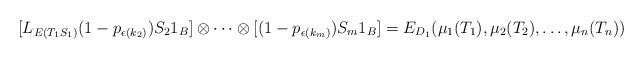
LaTeX: \begin{align*}[L_{E(T_1S_1)}(1-p_{\epsilon(k_{2})}) S_2 1_B] \otimes \cdots \otimes [(1-p_{\epsilon(k_{m})}) S_m1_B] = E_{D_1}(\mu_1(T_1), \mu_2(T_2),\ldots, \mu_n(T_n))\end{align*}